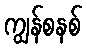
ကျွန်စနစ်